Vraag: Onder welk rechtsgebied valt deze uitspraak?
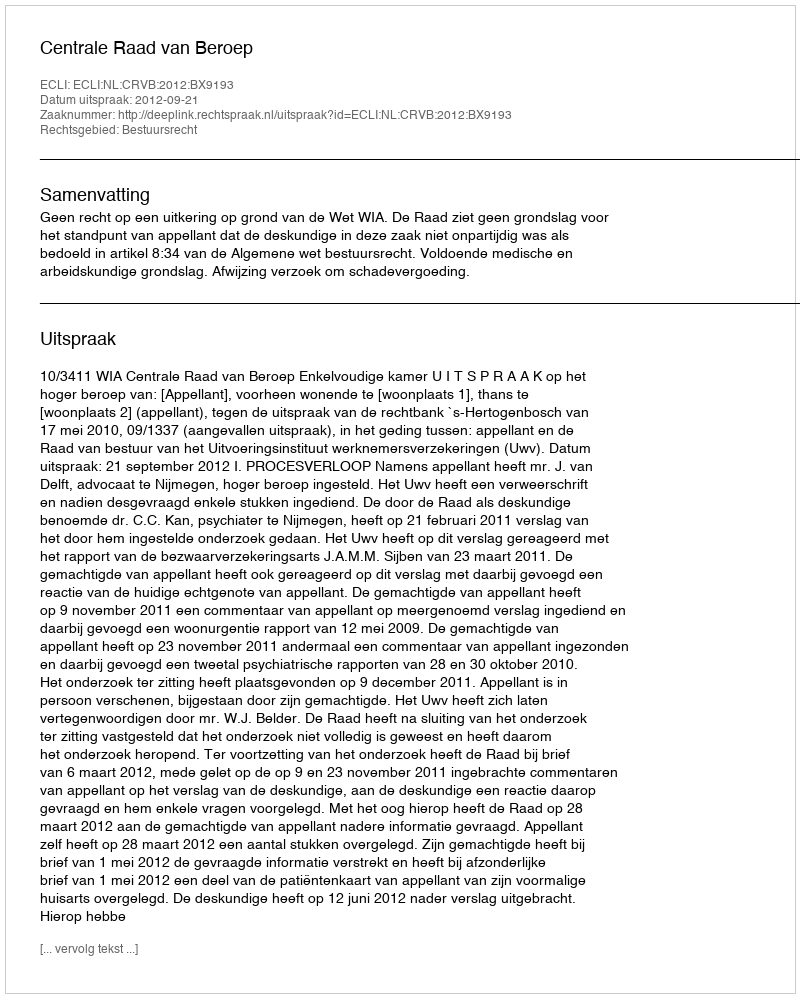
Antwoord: Bestuursrecht